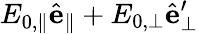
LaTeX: E_{0,\parallel}\hat{\mathbf{e}}_{\parallel}+E_{0,\perp}\hat{\mathbf{e}}_{\perp}^{\prime}